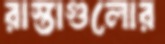
রাস্তাগুলোর